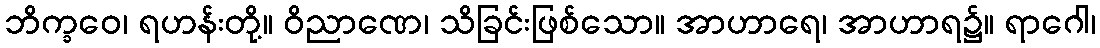
ဘိက္ခဝေ၊ ရဟန်းတို့။ ဝိညာဏေ၊ သိခြင်းဖြစ်သော။ အာဟာရေ၊ အာဟာရ၌။ ရာဂေါ၊